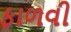
ફાળવી